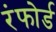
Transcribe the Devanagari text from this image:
रंफोर्ड